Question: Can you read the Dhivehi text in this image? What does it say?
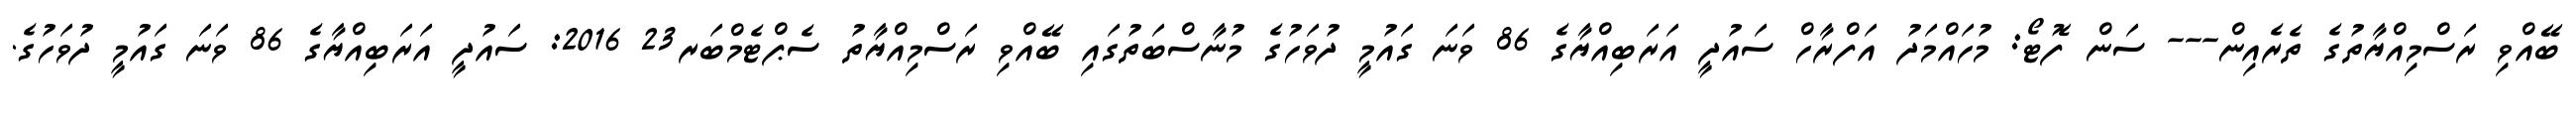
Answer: ބޭއްވި ރަސްމިއްޔާތުގެ ތެރެއިން--- ސަން ފޮޓޯ: މުހައްމަދު އަފްރާހް ސައުދީ އަރަބިއްޔާގެ 86 ވަނަ ގައުމީ ދުވަހުގެ މުނާސްބަތުގައި ބޭއްވި ރަސްމިއްޔާތު ސެޕްޓެމްބަރ23 2016: ސައުދީ އަރަބިއްޔާގެ 86 ވަނަ ގައުމީ ދުވަހުގެ.